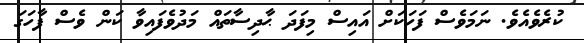
ކުރެވެއެވެ. ނަމަވެސް ފަހަކަށް އައިސް މިފަދަ ޙާދިސާތައް މަދުވެފައިވާ ކަން ވެސް ފާހަގަ